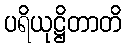
ပရိယုဋ္ဌိတာတိ